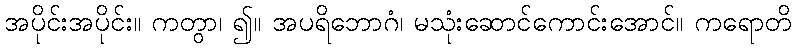
အပိုင်းအပိုင်း။ ကတွာ၊ ၍။ အပရိဘောဂံ၊ မသုံးဆောင်ကောင်းအောင်။ ကရောတိ